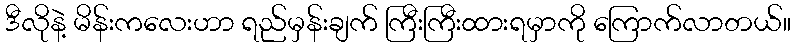
ဒီလိုနဲ့ မိန်းကလေးဟာ ရည်မှန်းချက် ကြီးကြီးထားရမှာကို ကြောက်လာတယ်။